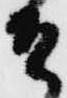
そ